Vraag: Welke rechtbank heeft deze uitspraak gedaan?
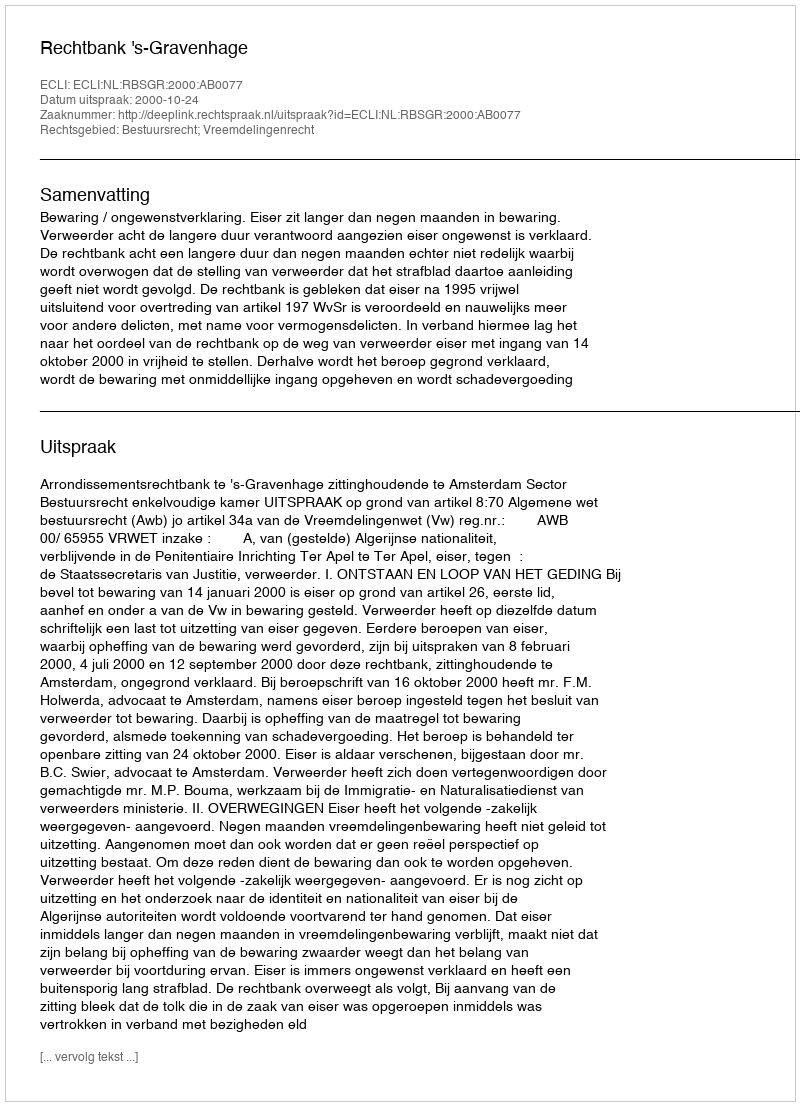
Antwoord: Rechtbank 's-Gravenhage